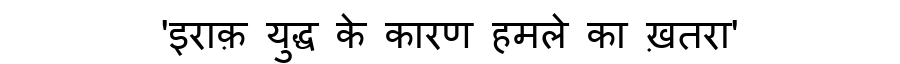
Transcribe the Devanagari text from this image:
'इराक़ युद्ध के कारण हमले का ख़तरा'